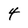
Character: 4